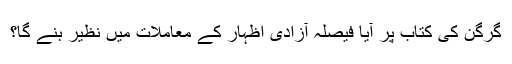
گرگن کی کتاب پر آیا فیصلہ آزادی اظہار کے معاملات میں نظیر بنے گا؟